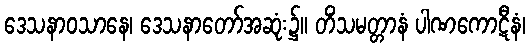
ဒေသနာဝသာနေ၊ ဒေသနာတော်အဆုံး၌။ တိံသမတ္တာနံ ပါဏကောဋီနံ၊